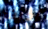
أذيت